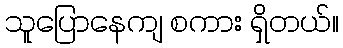
သူပြောနေကျ စကား ရှိတယ်။